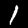
Label: 1